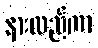
နားလည်ကာ